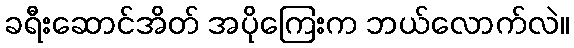
ခရီးဆောင်အိတ် အပိုကြေးက ဘယ်လောက်လဲ။